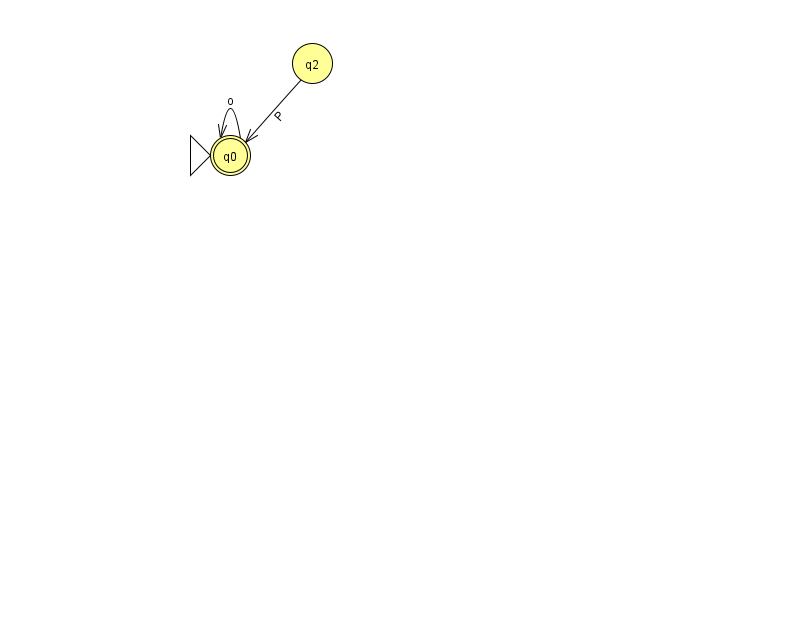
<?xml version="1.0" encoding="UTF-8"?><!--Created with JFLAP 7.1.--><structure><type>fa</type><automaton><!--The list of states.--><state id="0" name="q0"><x>230.0</x><y>142.0</y><initial/><final/></state><state id="2" name="q2"><x>312.0</x><y>50.0</y></state><!--The list of transitions.--><transition><from>2</from><to>0</to><read>P</read></transition><transition><from>0</from><to>0</to><read>o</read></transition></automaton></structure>